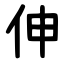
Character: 伸